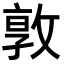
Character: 𭣾